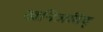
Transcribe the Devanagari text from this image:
खनिजविद्